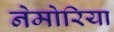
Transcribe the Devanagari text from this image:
नेमोरिया